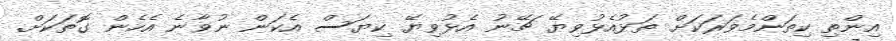
އިންތި ކިތަންމެވަރަކަށް ތަޅުއެޅުވިޔޭ ޗޭނު އެޅުވިޔޭ ކިޔަސް އެކަން ނުވާނެ އެހެން ގޮތަކަށް.